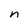
Character: n